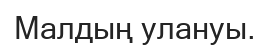
Малдың улануы.